Report on the administration of the Government Cinchona Department 1892-98
Year: 1892
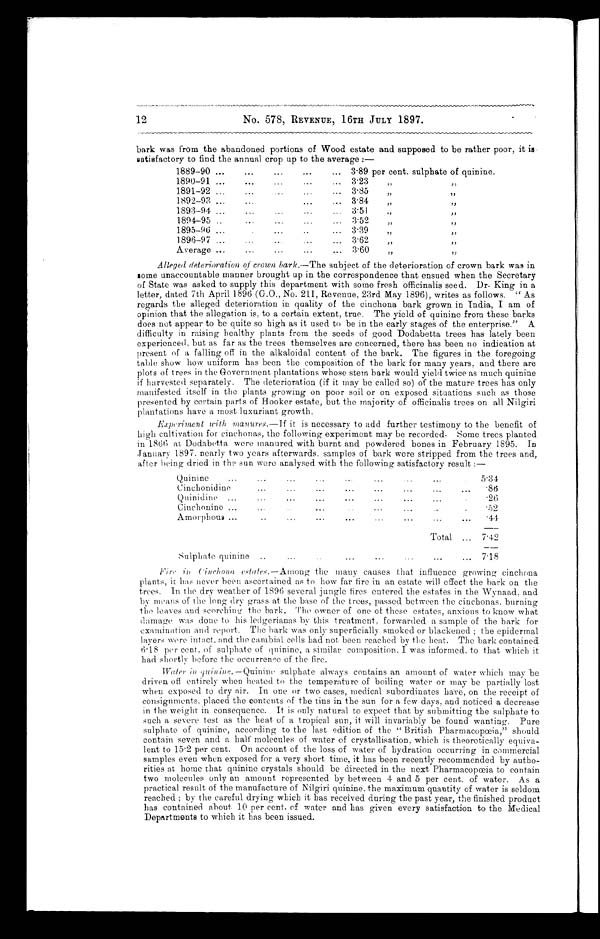
No. 578, REVENUE, 16TH JULY 1897.
bark was from the abandoned portions of Wood estate and supposed to be rather poor, it is
satisfactory to find the annual crop up to the average :—
1889-90
3.89 per cent. sulphate of quinine.
1890-91
3.23
”
”
1891-92
3.85
”
”
1892-93
3.84
”
”
1893-94
3.51
”
”
1894-95
3.52
”
”
1895-96
3.39
”
”
1896-97
3.62
” ”
Average
3.60
” ”
Alleged deterioration of crown bark.— The subject of the deterioration of crown bark was in
some unaccountable manner brought up in the correspondence that ensued when the Secretary
of State was asked to supply this department with some fresh officinalis seed. Dr. King in a
letter, dated 7th April 1896 (G.O., No. 211, Revenue, 23rd May 1896), writes as follows. " As
regards the alleged deterioration in quality of the cinchona bark grown in India, I am of
opinion that the allegation is, to a certain extent, true. The yield of quinine from these barks
does not appear to be quite so high as it used to be in the early stages of the enterprise." A
difficulty in raising healthy plants from the seeds of good Dodabetta trees has lately been
experienced, but as far as the trees themselves are concerned, there has been no indication at
present of a falling off in the alkaloidal content of the bark. The figures in the foregoing
table show how uniform has been the composition of the bark for many years, and there are
plots of trees in the Government plantations whose stem bark would yield twice as much quinine
if harvested separately. The deterioration (if it may be called so) of the mature trees has only
manifested itself in the plants growing on poor soil or on exposed situations such as those
presented by certain parts of Hooker estate, but the majority of officinalis trees on all Nilgiri
plantations have a most luxuriant growth.
Experiment with manures.— If it is necessary to add further testimony to the benefit of
high cultivation for cinchonas, the following experiment may be recorded. Some trees planted
in 1866 at Dodabetta were manured with burnt and powdered bones in February 1895. In
January 1897. nearly two years afterwards, samples of bark were stripped from the trees and,
after being dried in the sun were analysed with the following satisfactory result :—
Quinine
5.34
Cinchonidine
.86
Quinidine
.26
Cinchonine
.52
Amorphous
.44
Total
7.42
Sulphate quinine
7.18
Fire Cinchona estates .—Among the many causes that influence growing cinchona
plants, it has never been ascertained as to how far fire in an estate will effect the bark on the
trees. In the dry weather of 1896 several jungle fires entered the estates in the Wynaad, and
by means of the long dr y grass at the base of the trees, passed between the cinchonas, burning
the leaves and scorching the bark. The owner of one of these estates, anxious to know what
damage was done to his ledgerianas by this treatment, forwarded a sample of the bark for
examination and report. The bark was only superficially smoked or blackened ; the epidermal
layers were intact, and the cambial cells had not been reached b y the heat. The bark contained
6.18 per cent. of sulphate of quinine, a similar composition. I was informed. to that which it
had shortly before the occurrence of the fire.
Water in quinine. —Quinine sulphate always contains an amount of water which may be
driven off entirely when heated to the temperature of boiling water or may be partially lost
when exposed to dry air. In one or two cases, medical subordinates have, on the receipt of
consignments, placed the contents of the tins in the sun for a few days, and noticed a decrease
in the weight in consequence. It is only natural to expect that by submitting the sulphate to
such a severe test as the heat of a tropical sun, it will invariably be found wanting Pure
sulphate of quinine, according to the last edition of the " British Pharmacopœia," should
contain seven and a half molecules of water of crystallisation, which is theoretically equiva-
lent to 15.2 per cent. On account of the loss of water of hydration occurring in commercial
samples even when exposed for a very short time, it has been recently recommended by autho-
rities at home that quinine crystals should be directed in the next Pharmacopœia to contain
two molecules only an amount represented by between 4 and 5 per cent. of water. As a
practical result of the manufacture of Nilgiri quinine, the maximum quantity of water is seldom
reached ; by the careful drying which it has received during the past year, the finished product
has contained about 10 per cent. of water and has given every satisfaction to the Medical
Departments to which it has been issued.
12